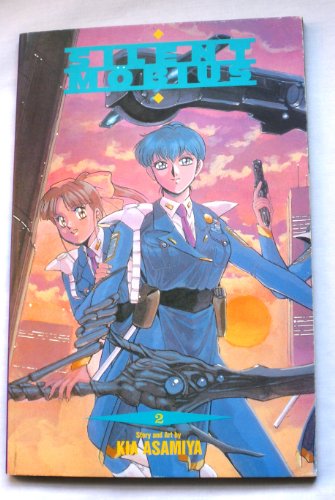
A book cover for Silent Mobius Chapter 2: Nami Yamigumo; Kia Asamiya; Comics & Graphic Novels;